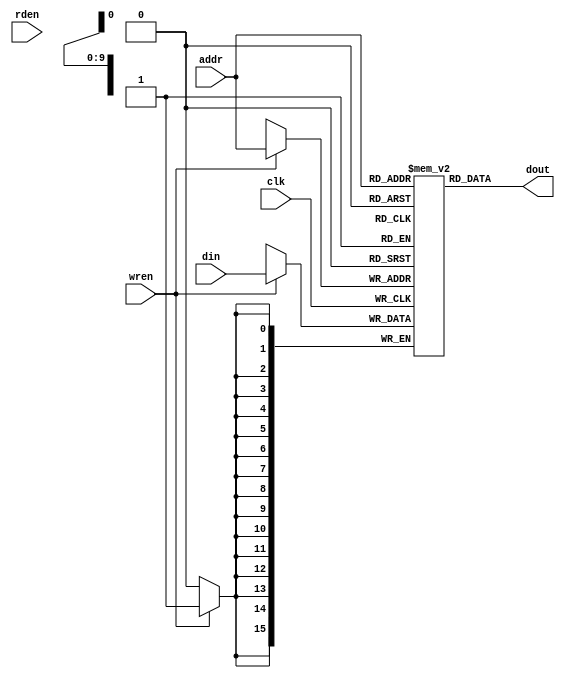
`timescale 1ns / 1ps

module singleport(
  input clk,
  input wren,
  input rden,
  input [9:0] addr,
  input [15:0] din,
  output [15:0] dout
    );
    //parameter RAM WIDTH = 16
    //parameter RAM DEPTH = 1024
    reg [15:0] ram [1023:0];
    reg [9:0] adr;
    always @(posedge clk)begin
      if(wren)begin
       ram[addr]<=din;
      end
    end
    assign dout=ram[addr];    
endmodule